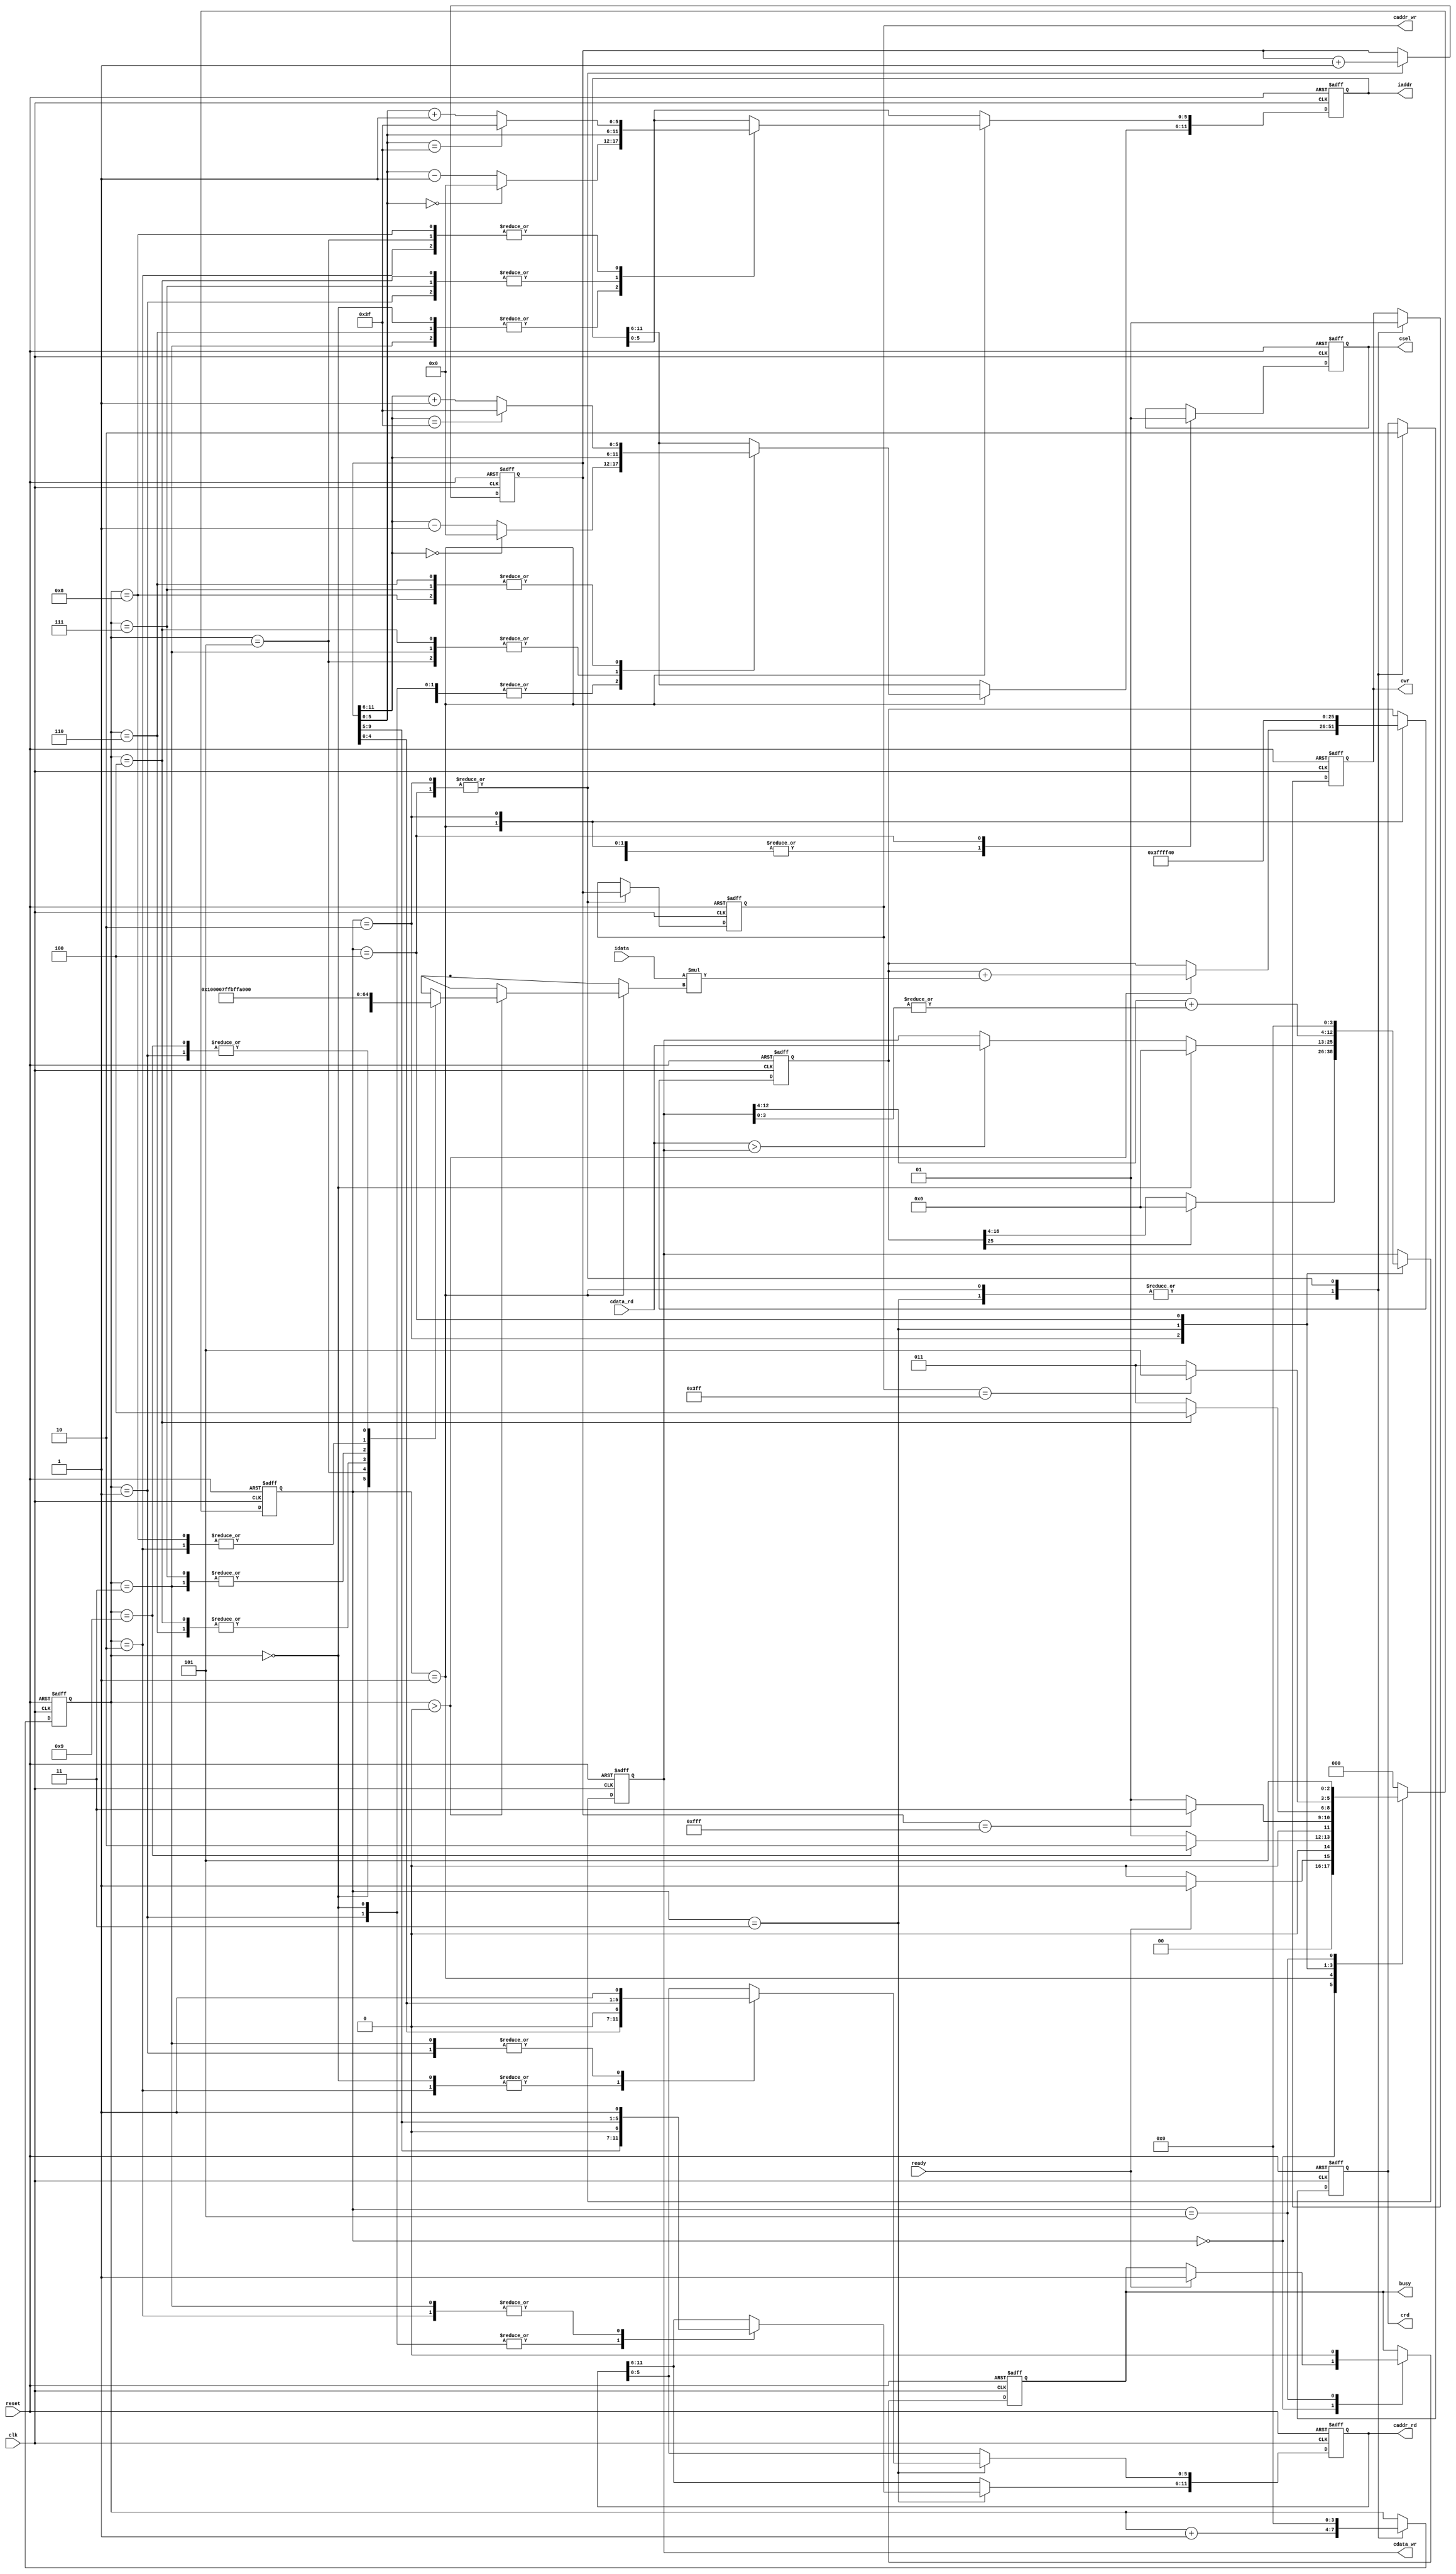
`timescale 1ns/10ps
module  CONV3x3(
	input		clk,
	input		reset,
	output	reg	busy,	
	input		ready,	
			
	output reg	[11:0]	iaddr,
	input signed [12:0]	idata,
	
	output	reg 	cwr,
	output  reg	[11:0]	caddr_wr,
	output reg 	[12:0] 	cdata_wr,
	output	reg 	crd,
	output reg	[11:0] 	caddr_rd,
	input 	[12:0] 	cdata_rd,
	output reg 	csel
	);

//state param
localparam INIT = 0;
localparam ATCONV_9PIXELS = 1;
localparam LAYER0_WRITERELU = 2;
localparam MAXPOOL_4PIXELS = 3;
localparam LAYER1_WRITECEILING = 4;
localparam FINISH = 5;

//kernel & bias
wire signed [12:0] kernel [1:9];
assign kernel[1] = 13'h1FFF; assign kernel[2] = 13'h1FFC; assign kernel[3] = 13'h1FFE;
assign kernel[4] = 13'h0000; assign kernel[5] = 13'h0010; assign kernel[6] = 13'h0000;
assign kernel[7] = 13'h1FFE; assign kernel[8] = 13'h1FFC; assign kernel[9] = 13'h1FFF;
wire signed [12:0] bias;
assign bias = 13'h1FF4;

//regs
reg [2:0] state, nextState;
reg [11:0] center; // Coordinate (row, column) = (center[11:6], center[5:0])
reg [3:0] counter; 
reg signed [25:0] convSum; // {mul_integer(18bits), mul_fraction(8bits)}

//constant param
localparam LENGTH = 6'd63;
localparam ZERO = 6'd0; 

//wire constants
wire [5:0] cx_add1,cx_minus1,cy_add1,cy_minus1;
assign cy_add1 = center[11:6] + 6'd1;
assign cy_minus1 = center[11:6] - 6'd1;
assign cx_add1 = center[5:0] + 6'd1 ;
assign cx_minus1 = center[5:0] - 6'd1;

//state ctrl
always @(posedge clk or posedge reset) begin
	if(reset) state <= INIT;
	else state <= nextState;
end

//next state logic
always @(*) begin
	case (state)
		INIT: nextState = (ready)? ATCONV_9PIXELS : INIT;
		ATCONV_9PIXELS: nextState = (counter == 4'd9)? LAYER0_WRITERELU : ATCONV_9PIXELS;
		LAYER0_WRITERELU: nextState = (center == 12'd4095)? MAXPOOL_4PIXELS : ATCONV_9PIXELS;
		MAXPOOL_4PIXELS: nextState = (counter == 4'd4)? LAYER1_WRITECEILING : MAXPOOL_4PIXELS;
		LAYER1_WRITECEILING: nextState = (caddr_wr == 12'd1023)? FINISH : MAXPOOL_4PIXELS; 
		FINISH: nextState = FINISH;
		default: nextState = INIT;
	endcase
end

//main sequential circuit
always @(posedge clk or posedge reset) begin
	if (reset) begin
		busy <= 1'd0;
		iaddr <= 12'd0;
		cwr <= 1'd0;
		caddr_wr <= 12'd0;
		cdata_wr <= 13'd0;
		crd <= 1'd1;
		caddr_rd <= 12'd0;
		csel <= 1'd0;

		center <= {6'd0 , 6'd0};
		counter <= 4'd0;
		convSum <= {{9{1'b1}}, bias, 4'd0}; // Sign extension
	end
	else begin
		case (state)
			INIT:begin
				if (ready) begin
					busy <= 1'd1;
				end
			end

			ATCONV_9PIXELS:begin
				csel <= 1'd0;
				crd <= 1'd1;
				cwr <= 1'd0;

				// use the pixel get and conv with corresponding kernel ( counter==0 means no pixel get yet )
				if(counter > 4'd0) begin
					convSum <= convSum + idata*kernel[counter];
				end
				counter <= counter + 4'd1;

				// request the next corresponding pixel for Atrous convolution
				case (counter) // -> for y axis	(row)
					0,1,2: iaddr[11:6] <= (center[11:6] == 6'd0) ? ZERO : cy_minus1;			    // (0,0) , (0,1) , (0,2)
					3,4,5: iaddr[11:6] <= center[11:6];									                                    // (1,0) , (1,1) , (1,2)
					6,7,8: iaddr[11:6] <= (center[11:6] == LENGTH)? LENGTH : cy_add1;	// (2,0) , (2,1) , (2,2)
				endcase

				case (counter) // -> for x axis	(column)									
					0,3,6: iaddr[5:0] <= (center[5:0] == 6'd0)? ZERO : cx_minus1;				// (0,0) , (1,0) , (2,0)
					1,4,7: iaddr[5:0] <= center[5:0];									                                    // (0,1) , (1,1) , (2,1)
					2,5,8: iaddr[5:0] <=  (center[5:0] == LENGTH)? LENGTH : cx_add1;		// (0,2) , (1,2) , (2,2)
				endcase
			end
			//do all convolution operation once in a element successfully , then count<=0
			LAYER0_WRITERELU: begin
				csel <= 1'd0;
				crd <= 1'd0;
				cwr <= 1'd1;
				caddr_wr <= center;
				cdata_wr <= (convSum[25])? 13'd0 : convSum[16:4]; // ReLU
				// init the convSum and center --> kernel move to the next center and ready for atrous convolution
				convSum <= {{9{1'b1}}, bias, 4'd0}; //-sign expression
				center <= center + 12'd1;
				counter <= 4'd0;
			end

			MAXPOOL_4PIXELS: begin
				csel <= 1'd0;
				crd <= 1'd1;
				cwr <= 1'd0;

				// counter==0 means this cycle would send request for 1st pixel value, else comparison starts
				if (counter==0) begin
					cdata_wr <= 13'd0;
				end
				else if (cdata_rd > cdata_wr) begin 
					cdata_wr <= cdata_rd;
				end
				counter <= counter + 4'd1;

				// request the corresponding address' pixel value 
				case(counter) // -> for y axis	(row)
					0,1: caddr_rd[11:6] <= {center[9:5], 1'd0};
					2,3: caddr_rd[11:6] <= {center[9:5], 1'd1};
				endcase

				case(counter) // -> for x axis	(column)
					0,2: caddr_rd[5:0] <= {center[4:0], 1'd0};
					1,3: caddr_rd[5:0] <= {center[4:0], 1'd1};
				endcase
			end

			LAYER1_WRITECEILING: begin
				csel <= 1'd1;
				crd <= 1'd0;
				cwr <= 1'd1;
				caddr_wr <= center;
				cdata_wr <= { cdata_wr[12:4] + {8'd0,|cdata_wr[3:0]} , 4'd0 }; // Round up
				// init for next center -> kernel move to the next center
				center <= center + 12'd1; 
				counter <= 4'd0;
			end

			FINISH: begin
				busy <= 1'd0;
			end

		endcase
	end
end

endmodule